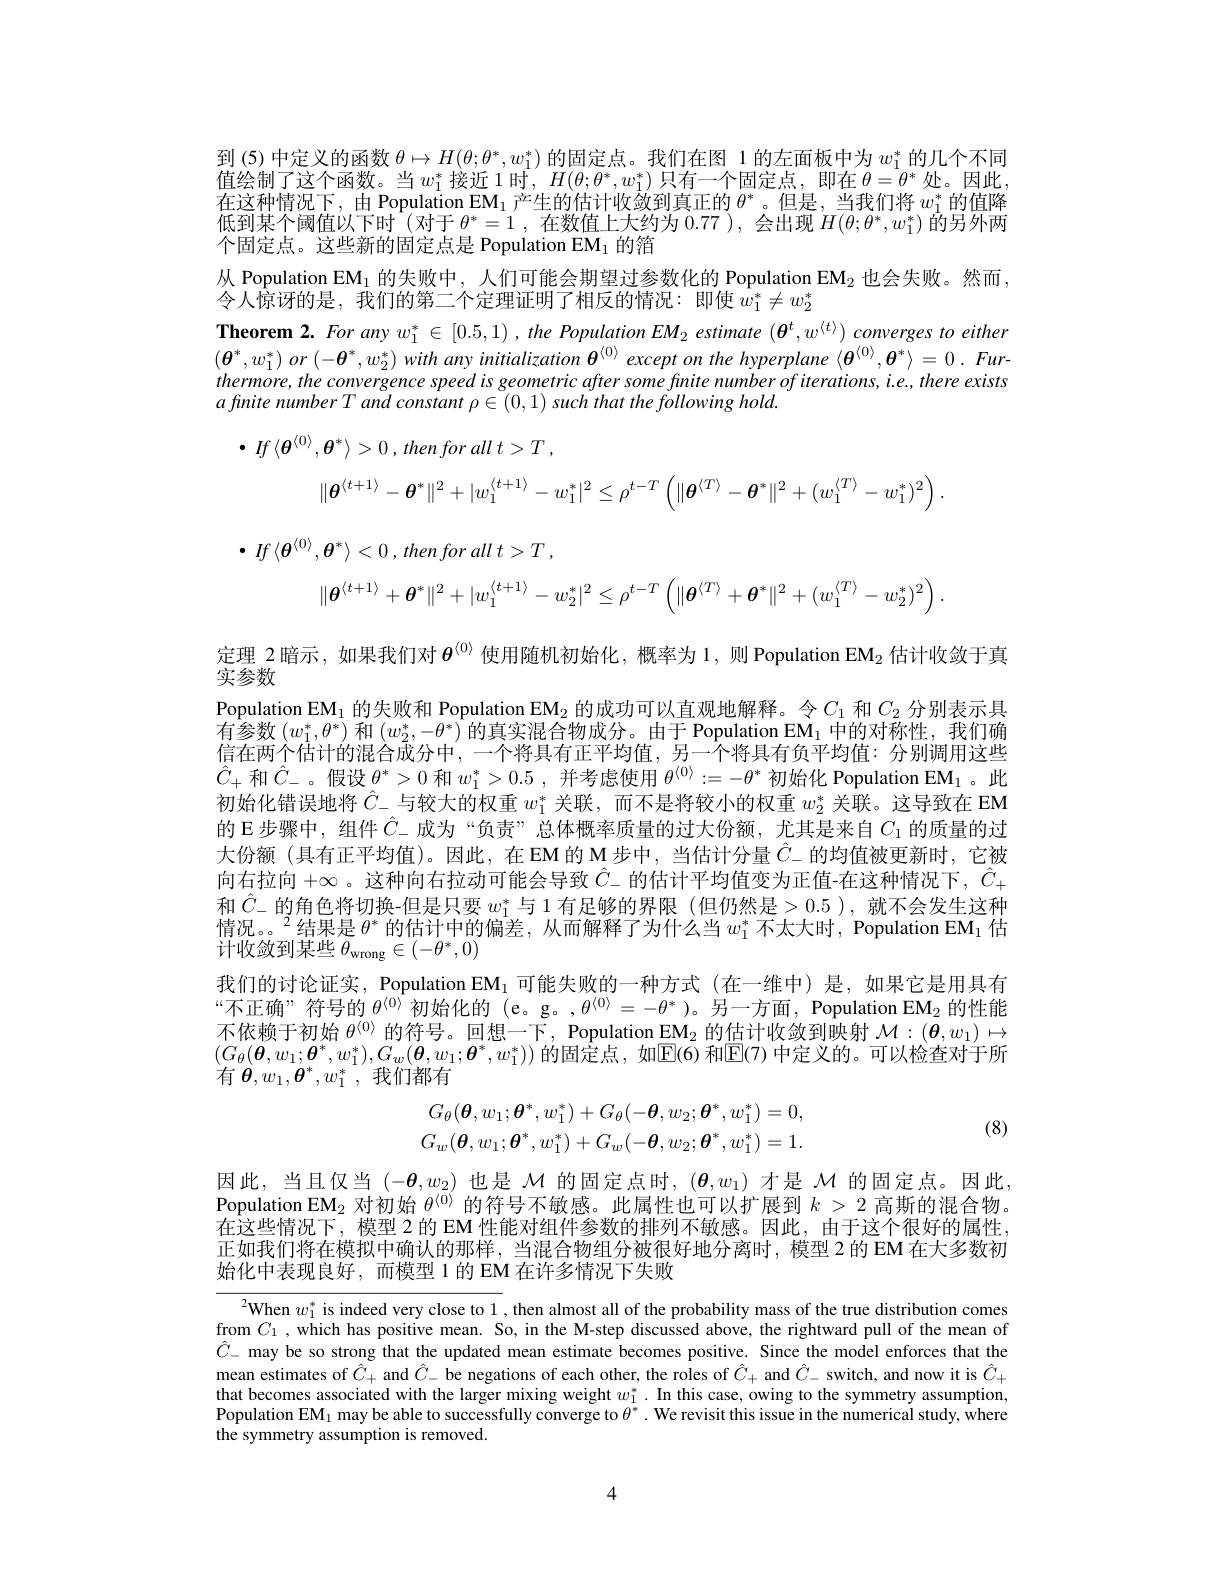
到(5)中定义的函数$\theta\mapsto H(\theta;\theta^*,w_1^*)$的固定点。我们在图 1 的左面板中为$w_1^*$的几个不同值绘制了这个函数。当$w_1^*$接近1时，$H(\theta;\theta^*,w_1^*)$ 只有一个固定点，即在 $\theta=\theta^*$ 处。因此在这种情况下，由 Population EM$_1$产生的估计收敛到真正的$\theta^*$。但是，当我们将$w_1^*$的值降低到某个阈值以下时(对于$\theta^*=1$,在数值上大约为0.77),会出现$H(\theta;\theta^*,w_1^*)$的另外两个固定点。这些新的固定点是 Population EM$_{1}$的箔
从 Population EM$_{1}$ 的失败中，人们可能会期望过参数化的 Population EM$_2$ 也会失败。然而，
$\hat{\text{令人惊讶的是，我们的第二个定理证明了相反的情况：即使 }w_1^*}\neq w_2^*$
Theorem $2.Foranyw_{1}^{*}\in[0.5,1),the\textit{Population EM}_{2}$ estimate $(\boldsymbol\theta^t,w^{\langle t\rangle})$ converges to either $( \boldsymbol{\theta }^{* }, w_{1}^{* })$ $or$ $( - \boldsymbol{\theta }^{* }, w_{2}^{* })$ with any initialization $\boldsymbol{\theta }^{\langle 0\rangle }$ except $on$ the hyperplane $\langle \boldsymbol{\theta }^{\langle 0\rangle }, \boldsymbol{\theta }^{* }\rangle = 0$ . Furthermore, the convergence speed is geometric after some finite number of iterations, i.e., there exists afinite number T and constant $\rho\in(0,1)$ such that the following hold.
$\bullet If\left \langle \boldsymbol{\theta }^{\langle 0\rangle }, \boldsymbol{\theta }^{* }\right \rangle > 0$ $, then$ for all $t> T$ ,
$$\begin{aligned}\|\boldsymbol\theta^{\langle t+1\rangle}-\boldsymbol\theta^*\|^2+|w_1^{\langle t+1\rangle}-w_1^*|^2\leq\rho^{t-T}\left(\|\boldsymbol\theta^{\langle T\rangle}-\boldsymbol\theta^*\|^2+(w_1^{\langle T\rangle}-w_1^*)^2\right).\end{aligned}$$
$\bullet If\left \langle \boldsymbol{\theta }^{\langle 0\rangle }, \boldsymbol{\theta }^{* }\right \rangle < 0$ $, then$ for all $t> T$ ,
$$\begin{aligned}\|\boldsymbol{\theta}^{\langle t+1\rangle}+\boldsymbol{\theta}^*\|^2+|w_1^{\langle t+1\rangle}-w_2^*|^2\leq\rho^{t-T}\left(\|\boldsymbol{\theta}^{\langle T\rangle}+\boldsymbol{\theta}^*\|^2+(w_1^{\langle T\rangle}-w_2^*)^2\right).\end{aligned}$$
定理 2 暗示，如果我们对$\theta^{\langle0\rangle}$使用随机初始化，概率为 1,则 Population EM$_{2}$估计收敛于真
实参数
Population EM$_1\text{ 的失败和 Population EM}_2$ 的成功可以直观地解释。令$C_1$ 和$C_2$ 分别表示具有参数$(w_1^*,\theta^*)$和$(w_2^*,-\theta^*)$的真实混合物成分。由于 Population EM$_1$中的对称性，我们确信在两个估计的混合成分中，一个将具有正平均值，另一个将具有负平均值：分别调用这些$\hat{C}_+$和$\hat{C}_-$。假设$\theta^*>0$和$w_1^*>0.5$,并考虑使用$\theta^\langle0\rangle:=-\theta^*$初始化 Population EM$_1$ 。此初始化错误地将$\hat{C}_-$与较大的权重$w_1^*$关联，而不是将较小的权重$w_2^*$关联。这导致在 EM 的 E 步骤中，组件$\hat{C}_-$成为 “负责”总体概率质量的过大份额，尤其是来自$C_1$的质量的过大份额 (具有正平均值)。因此，在EM的M步中，当估计分量$\hat{C}_-$的均值被更新时，它被向右拉向$+\infty$。这种向右拉动可能会导致 $\hat{C}_-$ 的估计平均值变为正值-在这种情况下，$\hat{C}_+$ 和$\hat{C}_-$的角色将切换-但是只要$w_1^*$与 1 有足够的界限 (但仍然是>0.5),就不会发生这种情况。$^2$结果是$\theta^*$的估计中的偏差，从而解释了为什么当$w_1^*$不太大时，Population EM$_1$ 估计收敛到某些$\theta_\mathrm{wrong}\in(-\theta^*,0)$
我们的讨论证实，Population EM$_{1}$可能失败的一种方式(在一维中)是，如果它是用具有“不正确”符号的 $\theta^{\langle0\rangle}$初始化的 (e。g。,$\theta^{\langle0\rangle}=-\theta^*$ )。另一方面，Population EM$_{2}$ 的性能不依赖于初始$\theta^{\langle0\rangle}$的符号。回想一下，Population EM$_2$的估计收敛到映射$\mathcal{M}:(\boldsymbol{\theta},w_1)\mapsto$ $( G_{\theta }( \boldsymbol{\theta }, w_{1}; \boldsymbol{\theta }^{* }, w_{1}^{* }) , G_{w}( \boldsymbol{\theta }, w_{1}; \boldsymbol{\theta }^{* }, w_{1}^{* }) )$ 的 固 定 点 , 如 E( 6) 和 E( 7) 中 定 义 的 。可 以 检 查 对 于 所 女 $\boldsymbol{o}^{* }\boldsymbol{a}^{* }$ * 小 行 加 一 一有$\boldsymbol{\theta},w_1,\boldsymbol{\theta}^*,w_1^*$,我们都有
$$G_{\theta}(\boldsymbol\theta,w_{1};\boldsymbol\theta^{*},w_{1}^{*})+G_{\theta}(-\boldsymbol\theta,w_{2};\boldsymbol\theta^{*},w_{1}^{*})=0,\\G_{w}(\boldsymbol\theta,w_{1};\boldsymbol\theta^{*},w_{1}^{*})+G_{w}(-\boldsymbol\theta,w_{2};\boldsymbol\theta^{*},w_{1}^{*})=1.$$
(8)

因此，当且仅当$(-\boldsymbol{\theta},w_2)$也是$\mathcal{M}$的固定点时，$(\boldsymbol{\theta},w_1)$才是$\mathcal{M}$的固定点。因此Population EM$_2$对初始$\theta^{\langle0\rangle}$的符号不敏感。此属性也可以扩展到$k>2$高斯的混合物。在这些情况下，模型 2 的 EM 性能对组件参数的排列不敏感。因此，由于这个很好的属性正如我们将在模拟中确认的那样，当混合物组分被很好地分离时，模型 2 的 EM 在大多数初始化中表现良好，而模型 1 的 EM 在许多情况下失败

$^{2}$When $w_1^*$ is indeed very close to 1 ,then almost all of the probability mass of the true distribution comes from $C_1$, which has positive mean. So, in the M-step discussed above, the rightward pull of the mean of $\hat{C}_-$ may be so strong that the updated mean estimate becomes positive. Since the model enforces that the mean estimates of $\hat{C}_+$ and $\hat{C}_-$ be negations of each other, the roles of $\hat{C}_+$ and $\hat{C}_-$ switch, and now it is $\hat{C}_+$ that becomes associated with the larger mixing weight $w_1^*.$ In this case, owing to the symmetry assumption, Population EM$_1$ may be able to successfully converge to $\theta^*.$ We revisit this issue in the numerical study, where the symmetry assumption is removed.

4